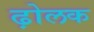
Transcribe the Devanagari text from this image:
ढ़ोलक